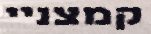
קמצניי